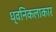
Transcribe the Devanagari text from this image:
ध्वनिकलाकार